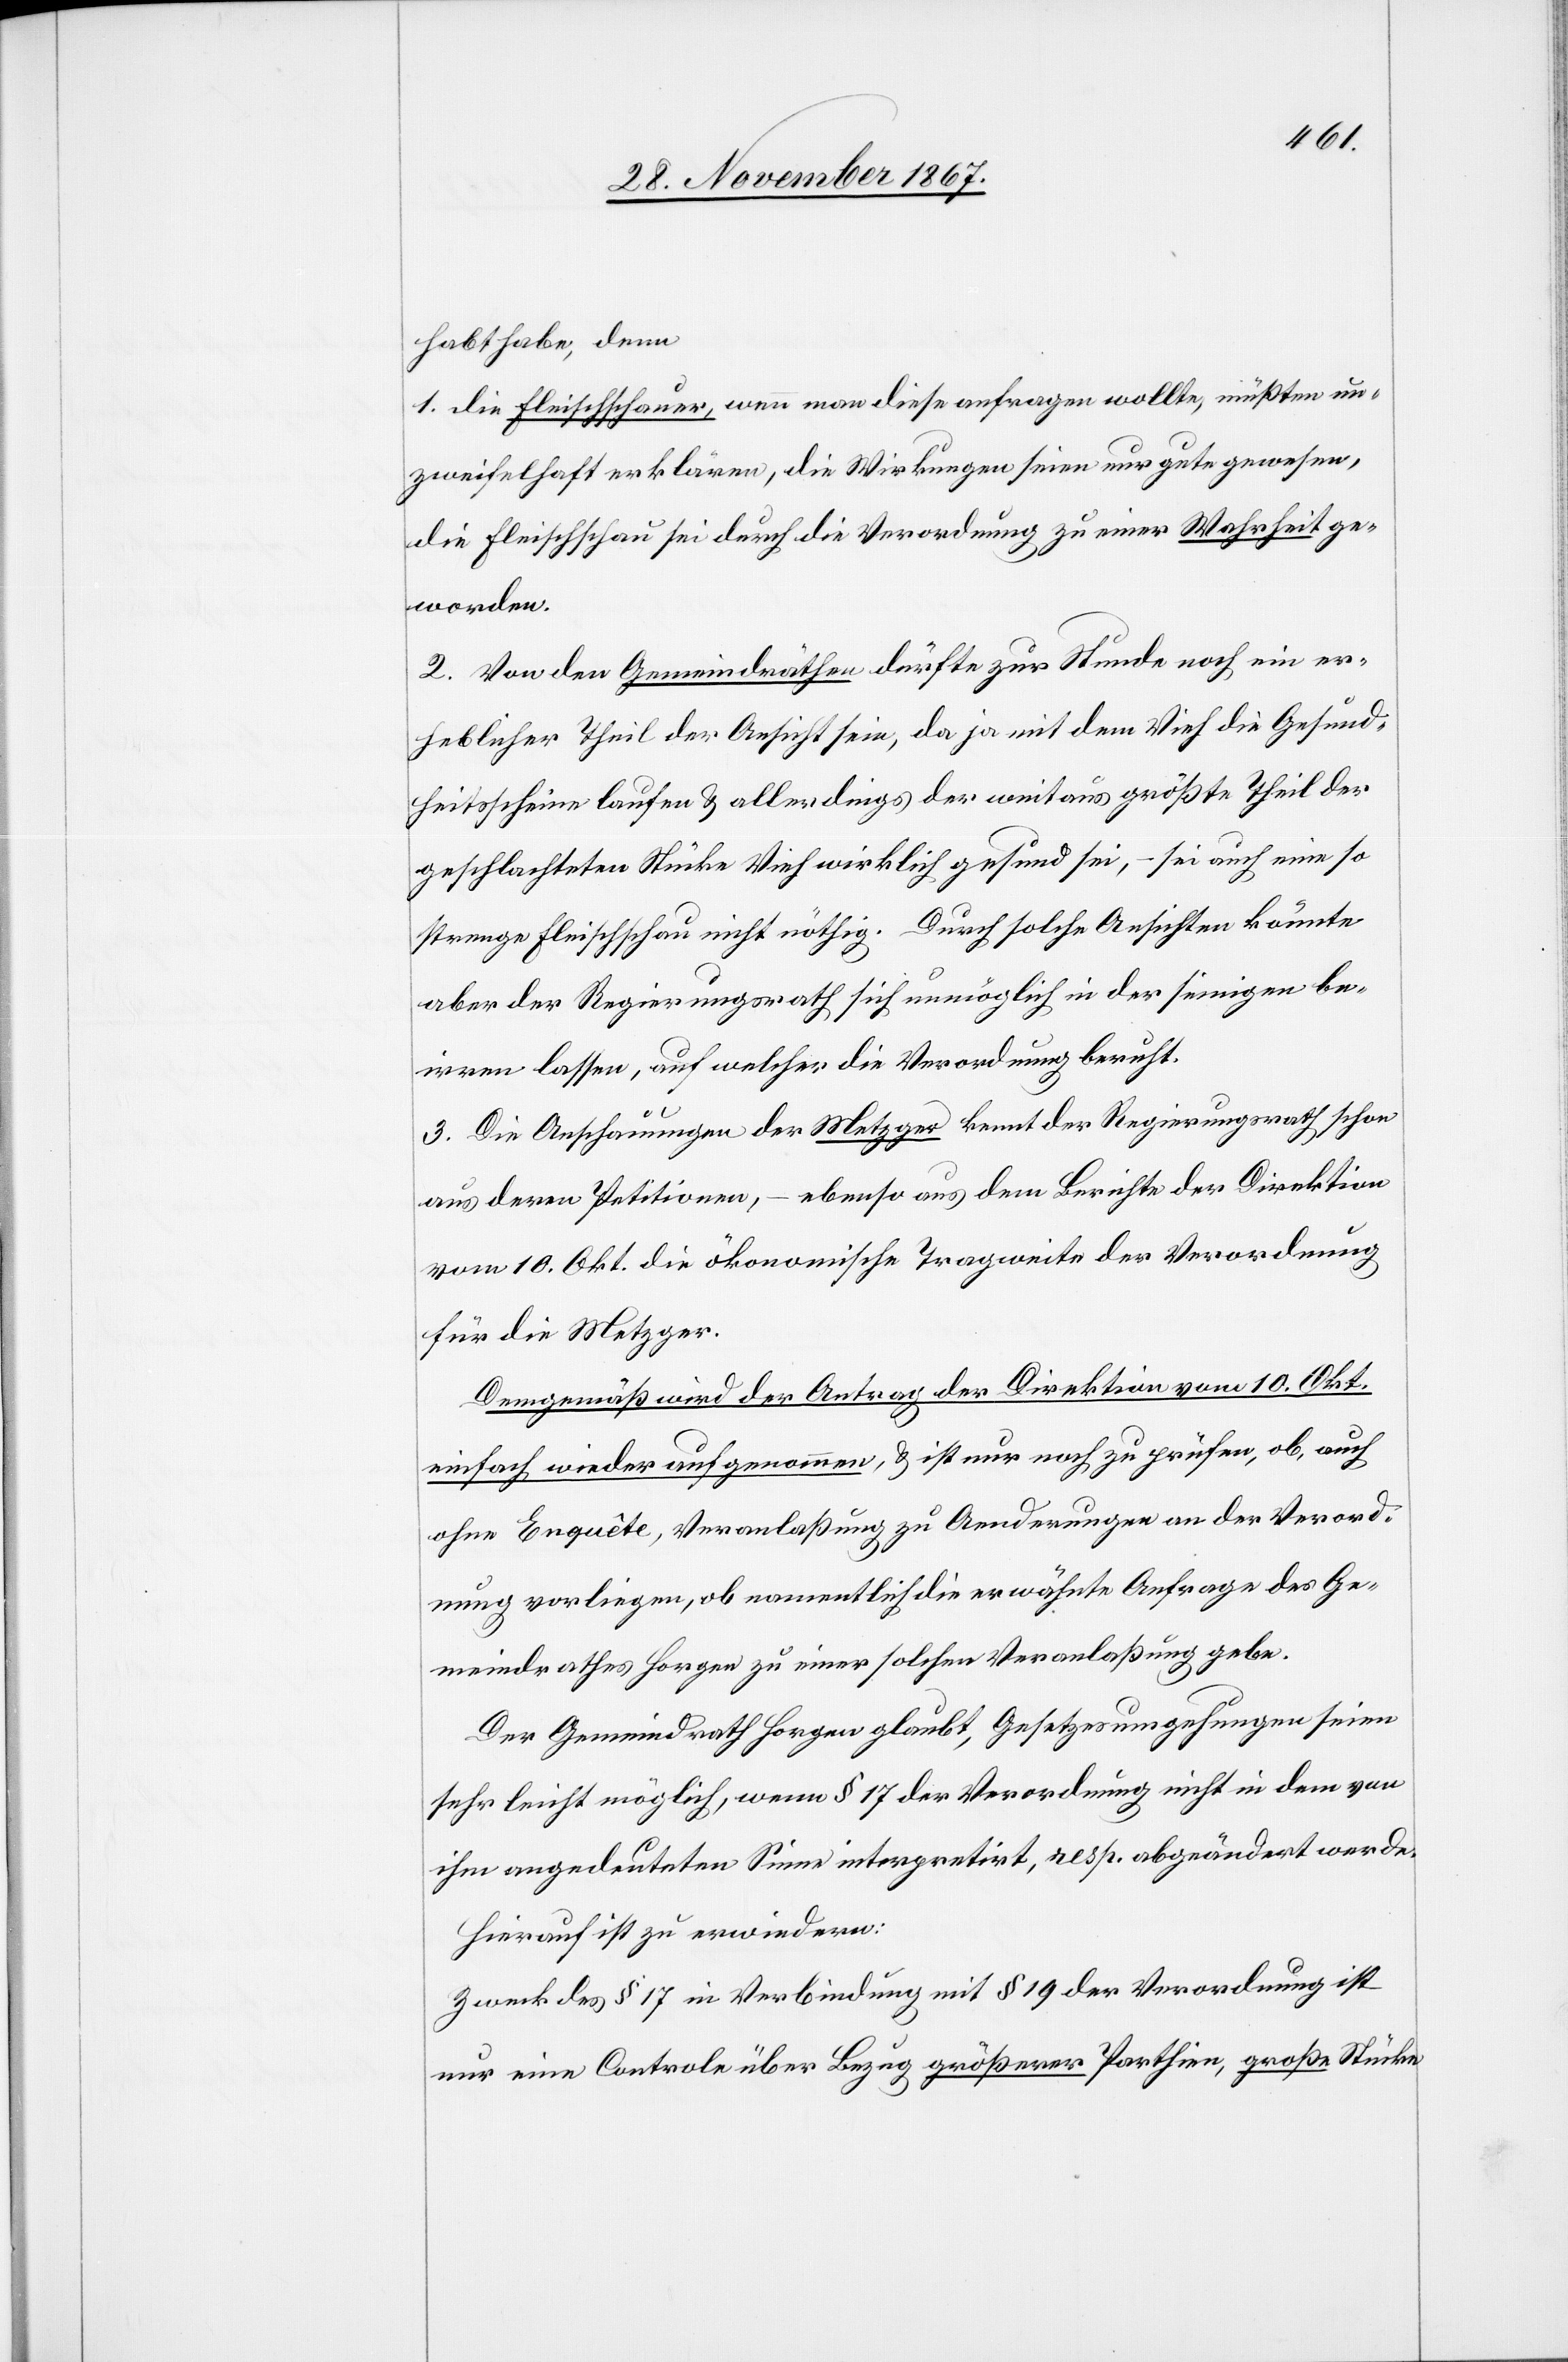
habe habe, denn
1. die Fleischschauer, wenn man diese anfragen wollte, müßten un¬
zweifelhaft erklären, die Wirkungen seien nur gute gewesen,
die Fleischschau sei durch die Verordnung zu einer Wahrheit ge¬
worden.
2. Von den Gemeindräthen dürfte zur Stunde noch ein er¬
heblicher Theil der Ansicht sein, da ja mit dem Vieh die Gesund¬
heitsschien laufen u. allerdings der weitaus größte Theil der
geschlachteten Stücke Vieh wirklich gesund sei, – sei auch eine so
strenge Fleischschau nicht nöthig. Durch solche Ansichten könnte
aber der Regierungsrath sich unmöglich in der seinigen be¬
irren lassen, auf welcher die Verordnung beruht.
3. Die Anschauungen der Metzger kennt der Regierungsrath schon
aus deren Petitionen, – ebenso aus dem Berichte der Direktion
vom 10. Okt. die ökonomische Tragweite der Verordnung
für die Metzger.
Demgemäß wird der Antrag der Direktion vom 10. Okt.
einfach wieder aufgenommen, u. st nur noch zu prüfen, ob, auch
ohne Enquête, Veranlaßung zu Aenderungen an der Verord¬
nung vorliegen, ob namentlich die erwähnte Anfrage des Ge¬
meindrathes Horgen zu einer solchen Veranlaßung gebe.
Der Gemeindrath Horgen glaubt, Gesetzesumgehungen seien
sehr leicht möglich, wenn § 17 der Verordnung nicht in dem von
ihm angedeuteten Sinne interpretirt, resp. abgeändert werde.
Hierauf ist zu erwiedern:
Zweck des § 17 in Verbindung mit § 19 der Verordnung ist
nur eine Controle über Bezug größerer Parthien, große Stücke